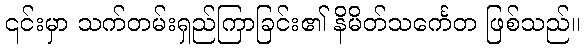
၎င်းမှာ သက်တမ်းရှည်ကြာခြင်း၏ နိမိတ်သင်္ကေတ ဖြစ်သည်။